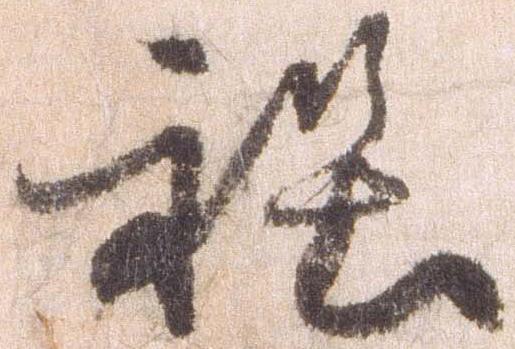
程